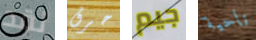
لقد حرق جيم ناحية